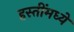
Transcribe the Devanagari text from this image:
हस्तींमध्ये